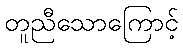
တူညီသောကြောင့်